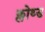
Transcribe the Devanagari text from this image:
क्लोथ्ड